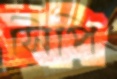
সিপি